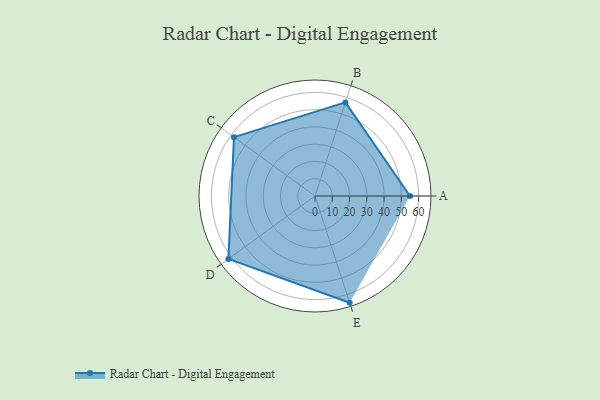
{"axis": {"x": "Skill", "y": "Score"}, "legend": ["Profile"], "data": [{"x": "A", "y": 55.0, "type": "Profile"}, {"x": "B", "y": 57.0, "type": "Profile"}, {"x": "C", "y": 58.0, "type": "Profile"}, {"x": "D", "y": 62.0, "type": "Profile"}, {"x": "E", "y": 65.0, "type": "Profile"}]}